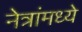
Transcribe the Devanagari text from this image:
नेत्रांमध्ये